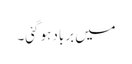
میں برباد ہو گئی۔